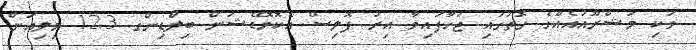
ވަކި މަޝްރޫއުއެއްގެ ގޮތުގައި ޖަހާފައިވާ އިރު ފޮލިސް އެކޮމޮޑޭޝަން ބިލްޑިންގ 12.3 މިލިއަން